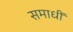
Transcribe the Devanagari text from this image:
समाधीं